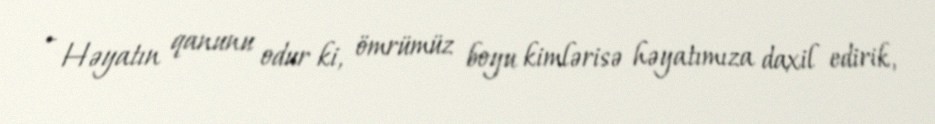
- Həyatın qanunu odur ki, ömrümüz boyu kimlərisə həyatımıza daxil edirik,